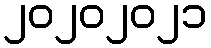
၂၀၂၀၂၀၂၁